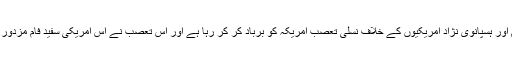
اس کتاب پر تبصرہ کرتے ہوئے (نیو یارک ٹائیمز چھ اپریل 2020) مائیکل اگناتیف نے لکھا کہ سیہ فام اور ہسپانوی نژاد امریکیوں کے خلاف نسلی تعصّب امریکہ کو برباد کر کر رہا ہے اور اس تعصّب نے اُس امریکی سفید فام مزدور طبقے کے لئے عقیدے کی صورت اختیار کر لی ہے جسے ڈونالڈ ٹرمپ میں اپنا نجات دہندہ نظر آتا ہے۔